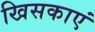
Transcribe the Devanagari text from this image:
खिसकाएं